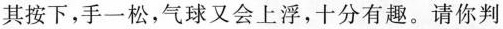
其按下，手一松，气球又会上浮，十分有趣。请你判